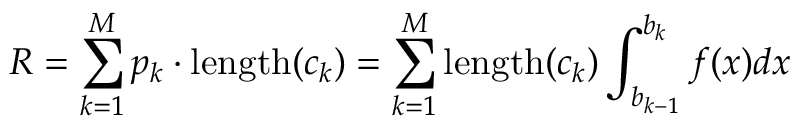
R = \sum _ { k = 1 } ^ { M } p _ { k } \cdot \mathrm { l e n g t h } ( c _ { k } ) = \sum _ { k = 1 } ^ { M } \mathrm { l e n g t h } ( c _ { k } ) \int _ { b _ { k - 1 } } ^ { b _ { k } } f ( x ) d x